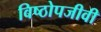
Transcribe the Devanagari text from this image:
विष्ठोपजीवी